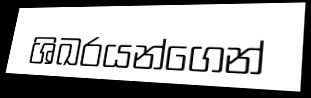
ශිඛරයන්ගෙන්